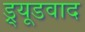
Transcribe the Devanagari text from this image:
ड्र्यूडवाद